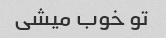
تو خوب میشی